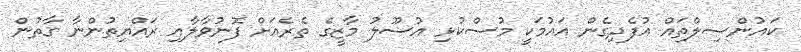
ކައުންސިލްތައް އުފެދިގެން އައުމަކީ މުސްކުޅި އުސޫލު މާޒީގެ ތެރެއަށް ފޮނުވާލާއި ރައްޔިތުންނާ ގާތުން